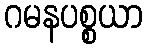
ဂမနပစ္စယာ